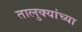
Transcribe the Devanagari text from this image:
तालुक्‍यांच्या